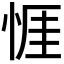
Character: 𢛄